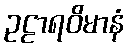
ဥဠာရဝိမာနံ